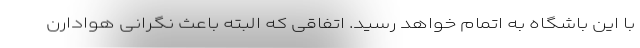
با این باشگاه به اتمام خواهد رسید. اتفاقی که البته باعث نگرانی هوادارن